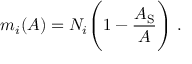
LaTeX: m _ { i } ( A ) = N _ { i } \Biggl ( 1 - \frac { A _ { \mathrm { S } } } { A } \Biggr ) ~ .